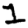
Digit: 1